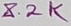
Text: 8.2K